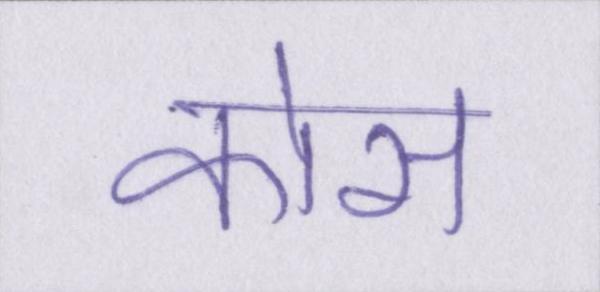
कोस